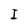
Character: I